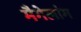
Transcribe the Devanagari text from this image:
मैगेलांग